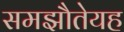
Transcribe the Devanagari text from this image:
समझौतेयह